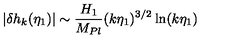
\left| \delta { h _ { k } } ( \eta _ { 1 } ) \right| \sim { \frac { H _ { 1 } } { M _ { P l } } } ( k \eta _ { 1 } ) ^ { 3 / 2 } \ln ( k \eta _ { 1 } )